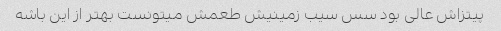
پیتزاش عالی بود سس سیب زمینیش طعمش میتونست بهتر از این باشه